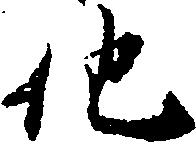
他